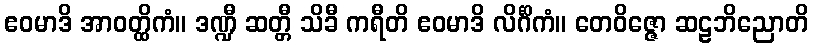
ဧဝမာဒိ အာဝတ္ထိကံ။ ဒဏ္ဍီ ဆတ္တီ သိခီ ကရီတိ ဧဝမာဒိ လိင်္ဂိကံ။ တေဝိဇ္ဇော ဆဠဘိညောတိ